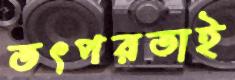
তৎপরতাই